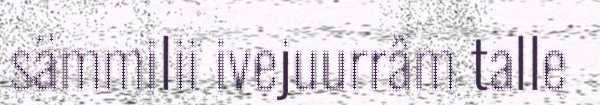
sämmilii ivejuurrâm talle